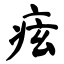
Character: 痃